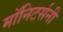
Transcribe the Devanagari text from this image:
मॉनिटर्सनी